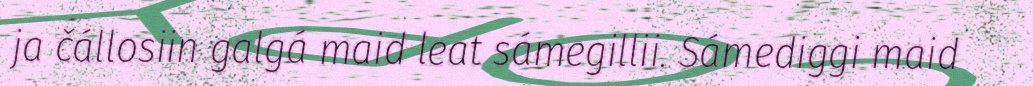
ja čállosiin galgá maid leat sámegillii. Sámediggi maid